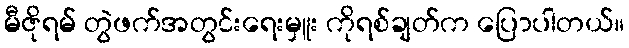
မီဇိုရမ် တွဲဖက်အတွင်းရေးမှူး ကိုရစ်ချတ်က ပြောပါတယ်။